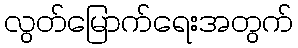
လွတ်မြောက်ရေးအတွက်